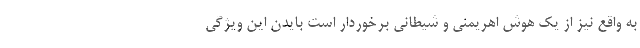
به واقع نیز از یک هوش اهریمنی و شیطانی برخوردار است بایدن این ویژگی